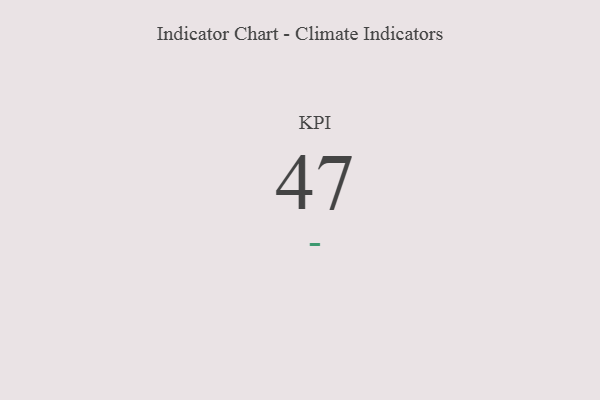
{"axis": {"x": "KPI", "y": "Value"}, "legend": [""], "data": [{"x": "KPI", "y": 47, "type": ""}]}